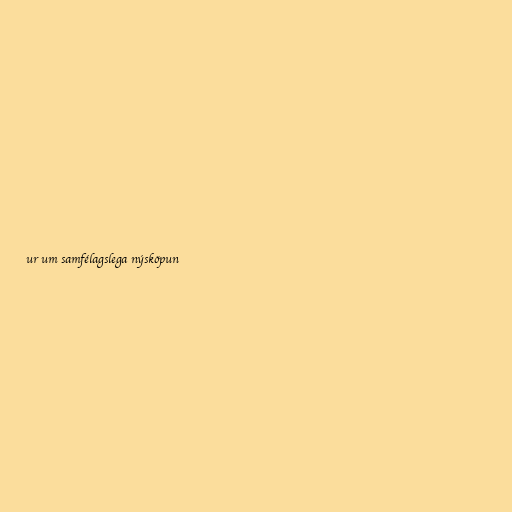
ur um samfélagslega nýsköpun